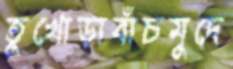
তুখোড়াবাঁচমুদে